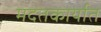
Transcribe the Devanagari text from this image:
मदतकार्यात